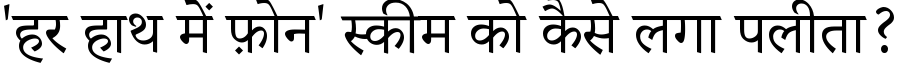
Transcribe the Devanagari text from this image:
'हर हाथ में फ़ोन' स्कीम को कैसे लगा पलीता?